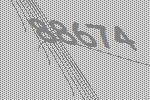
88674